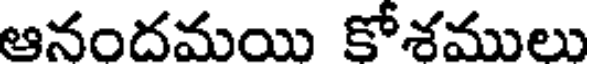
ఆనందమయి కోశములు